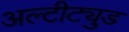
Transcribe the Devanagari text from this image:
अल्टीट्युड